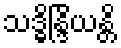
သဒ္ဓိန္ဒြိယန္တိ